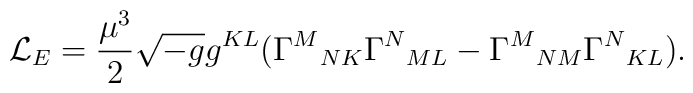
{\cal L}_E=\frac{\mu^{3}}{2}\sqrt{-g}g^{KL}(\Gamma^M{}_{NK}\Gamma^N{}_{ML}-\Gamma^M{}_{NM}\Gamma^N{}_{KL}).